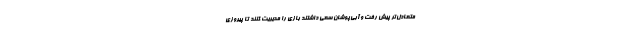
متعادل‌تر پیش رفت و آبی‌پوشان سعی داشتند بازی را مدیریت کنند تا پیروزی